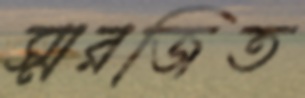
স্মরজিত